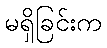
မရှိခြင်းက